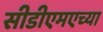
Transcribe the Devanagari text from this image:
सीडीएमएच्या